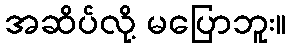
အဆိပ်လို့ မပြောဘူး။